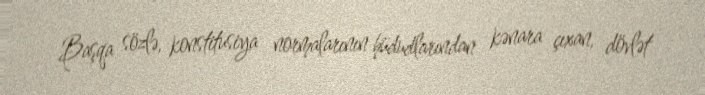
Başqa sözlə, konstitusiya normalarının hüdudlarından kənara çıxan, dövlət